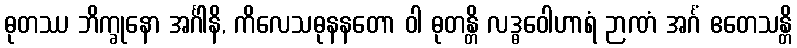
ဓုတဿ ဘိက္ခုနော အင်္ဂါနိ, ကိလေသဓုနနတော ဝါ ဓုတန္တိ လဒ္ဓဝေါဟာရံ ဉာဏံ အင်္ဂံ ဧတေသန္တိ